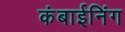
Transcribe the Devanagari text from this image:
कंबाईनिंग